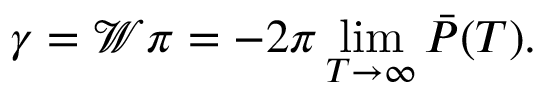
\gamma = \mathcal { W } \pi = - 2 \pi \operatorname* { l i m } _ { T \rightarrow \infty } \bar { P } ( T ) .